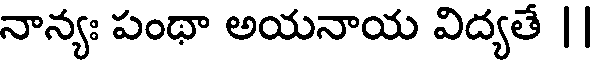
నాన్యః పంథా అయనాయ విద్యతే |